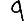
Digit: 9